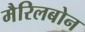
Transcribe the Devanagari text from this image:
मैरिलबोन